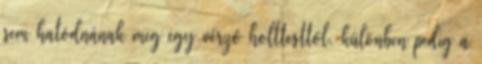
sem hatódnának meg egy vérző holttesttől, különben pedig a